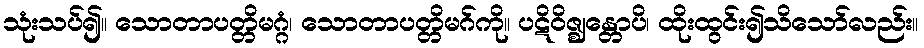
သုံးသပ်၍။ သောတာပတ္တိမဂ္ဂံ၊ သောတာပတ္တိမဂ်ကို။ ပဋိဝိဇ္ဈန္တောပိ၊ ထိုးထွင်း၍သိသော်လည်း။